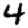
Digit: 4